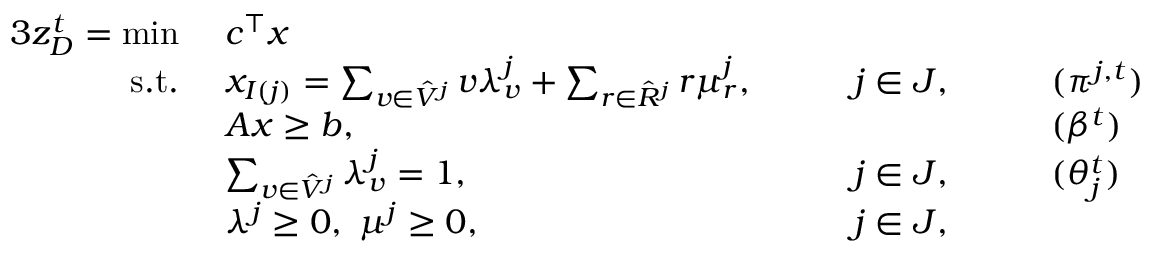
\begin{array} { r l r l r l } { { 3 } { z } _ { D } ^ { t } = \operatorname* { m i n } \ } & { c ^ { \top } x } \\ { \mathrm { s . t . ~ } } & { x _ { I ( j ) } = \sum _ { v \in \hat { V } ^ { j } } v \lambda _ { v } ^ { j } + \sum _ { r \in \hat { R } ^ { j } } r \mu _ { r } ^ { j } , \quad } & & { j \in J , \quad } & & { ( \pi ^ { j , t } ) } \\ & { A x \geq b , \quad } & & { } & & { ( \beta ^ { t } ) } \\ & { \sum _ { v \in \hat { V } ^ { j } } \lambda _ { v } ^ { j } = 1 , \quad } & & { j \in J , \quad } & & { ( \theta _ { j } ^ { t } ) } \\ & { \lambda ^ { j } \geq 0 , ~ \mu ^ { j } \geq 0 , \quad } & & { j \in J , } \end{array}